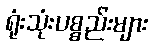
ရုံးသုံးပစ္စည်းများ